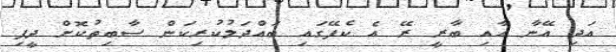
އަދި އޭނާ އާއި ބާރީ ރޭ އެ ކެފޭގައި ބައްދަލުކުރިކަން ސާބިތުކޮށް ދީފި